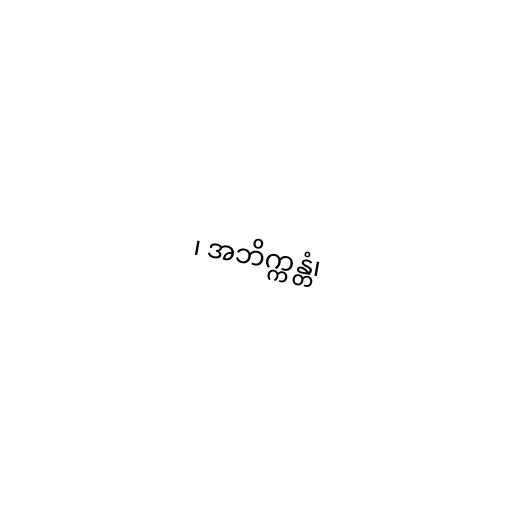
၊ အဘိက္ကန္တံ၊